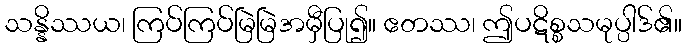
သန္နိဿယ၊ ကြပ်ကြပ်မြဲမြဲအမှီပြု၍။ ဧတဿ၊ ဤပဋိစ္စသမုပ္ပါဒ်၏။